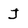
Character: J